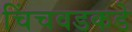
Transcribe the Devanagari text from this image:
चिंचवडकडे